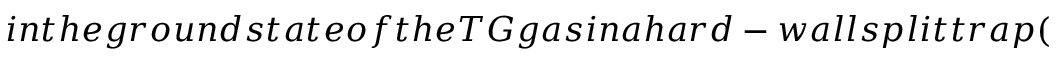
i n t h e g r o u n d s t a t e o f t h e T G g a s i n a h a r d - w a l l s p l i t t r a p (